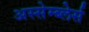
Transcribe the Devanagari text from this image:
अस्सेम्ब्लेर्स